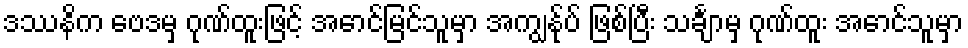
ဒဿနိက ဗေဒမှ ဂုဏ်ထူးဖြင့် အောင်မြင်သူမှာ အကျွန်ုပ် ဖြစ်ပြီး သင်္ချာမှ ဂုဏ်ထူး အောင်သူမှာ